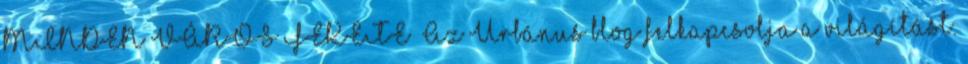
MINDEN VÁROS FEKETE” Az Urbánus blog felkapcsolja a világítást.